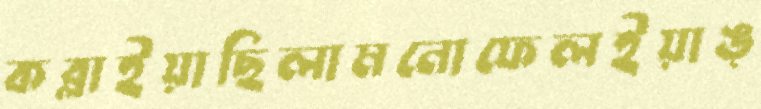
কব্‌লাইয়াছিলামনোফেলইয়াঙ্